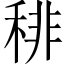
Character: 𥟍